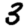
Digit: 3